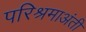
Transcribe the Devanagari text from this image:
परिश्रमाअंती